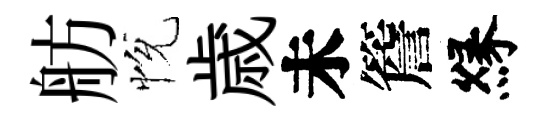
舫恱歳未簷縁